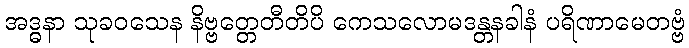
အဒ္ဓနာ သုခဝသေန နိဗ္ဗတ္တေတီတိပိ ကေသလောမဒန္တနခါနံ ပရိဏာမေတဗ္ဗံ